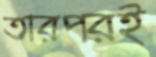
তারপরই